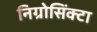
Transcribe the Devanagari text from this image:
निग्रोसिंक्टा